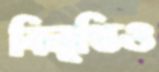
বিলুপ্তিও